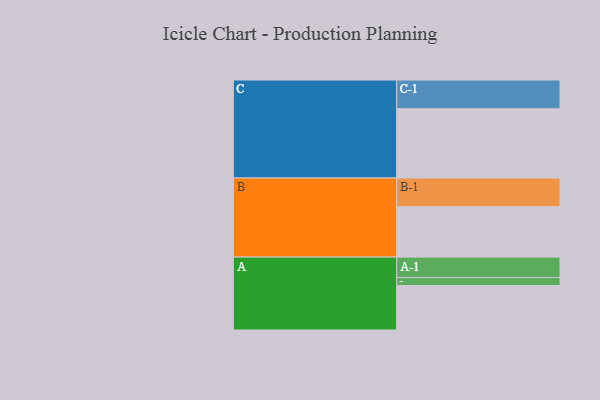
{"axis": {"x": "Segment", "y": "Value"}, "legend": ["", "A", "B", "C"], "data": [{"x": "A", "y": 315, "type": ""}, {"x": "B", "y": 357, "type": ""}, {"x": "C", "y": 490, "type": ""}, {"x": "A-1", "y": 145, "type": "A"}, {"x": "A-2", "y": 56, "type": "A"}, {"x": "B-1", "y": 203, "type": "B"}, {"x": "C-1", "y": 204, "type": "C"}]}